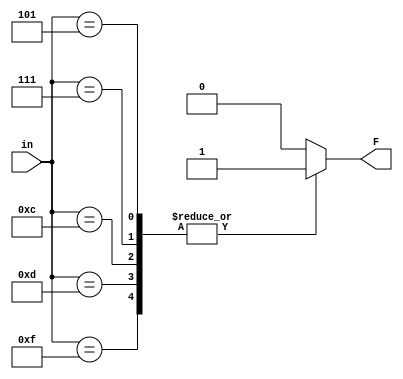
module zad1_f_3(input [3:0] in, output reg F);
    always @(in) begin
        case(in)
            5, 7, 12, 13, 15: F=1;
            default: F=0;
        endcase
    end
endmodule